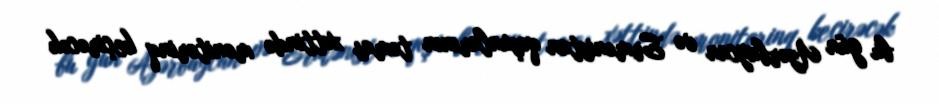
bu gün Azərbaycan və Ermənistan qoşunlarının təmas xəttində monitorinq keçirəcək